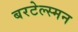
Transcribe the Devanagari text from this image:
बरटेल्स्मन